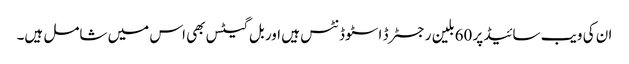
ان کی ویب سائیڈ پر 60بلین رجسٹرڈ اسٹوڈنٹس ہیں اور بل گیٹس بھی اس میں شامل ہیں۔